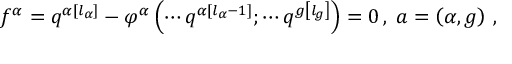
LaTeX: f ^ { \alpha } = q ^ { \alpha \left[ l _ { \alpha } \right] } - \varphi ^ { \alpha } \left( \cdots q ^ { \alpha \left[ l _ { \alpha } - 1 \right] } ; \cdots q ^ { g \left[ l _ { g } \right] } \right) = 0 \, , \; a = \left( \alpha , g \right) \, ,